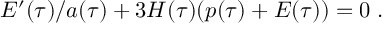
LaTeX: { \cal E } ^ { \prime } ( \tau ) / a ( \tau ) + 3 H ( \tau ) ( p ( \tau ) + { \cal E } ( \tau ) ) = 0 \; .